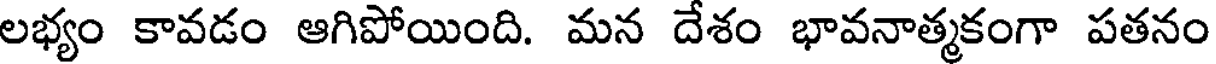
లభ్యం కావడం ఆగిపోయింది. మన దేశం భావనాత్మకంగా పతనం